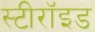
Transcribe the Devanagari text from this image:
स्टीरॉइड